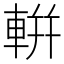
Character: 輧